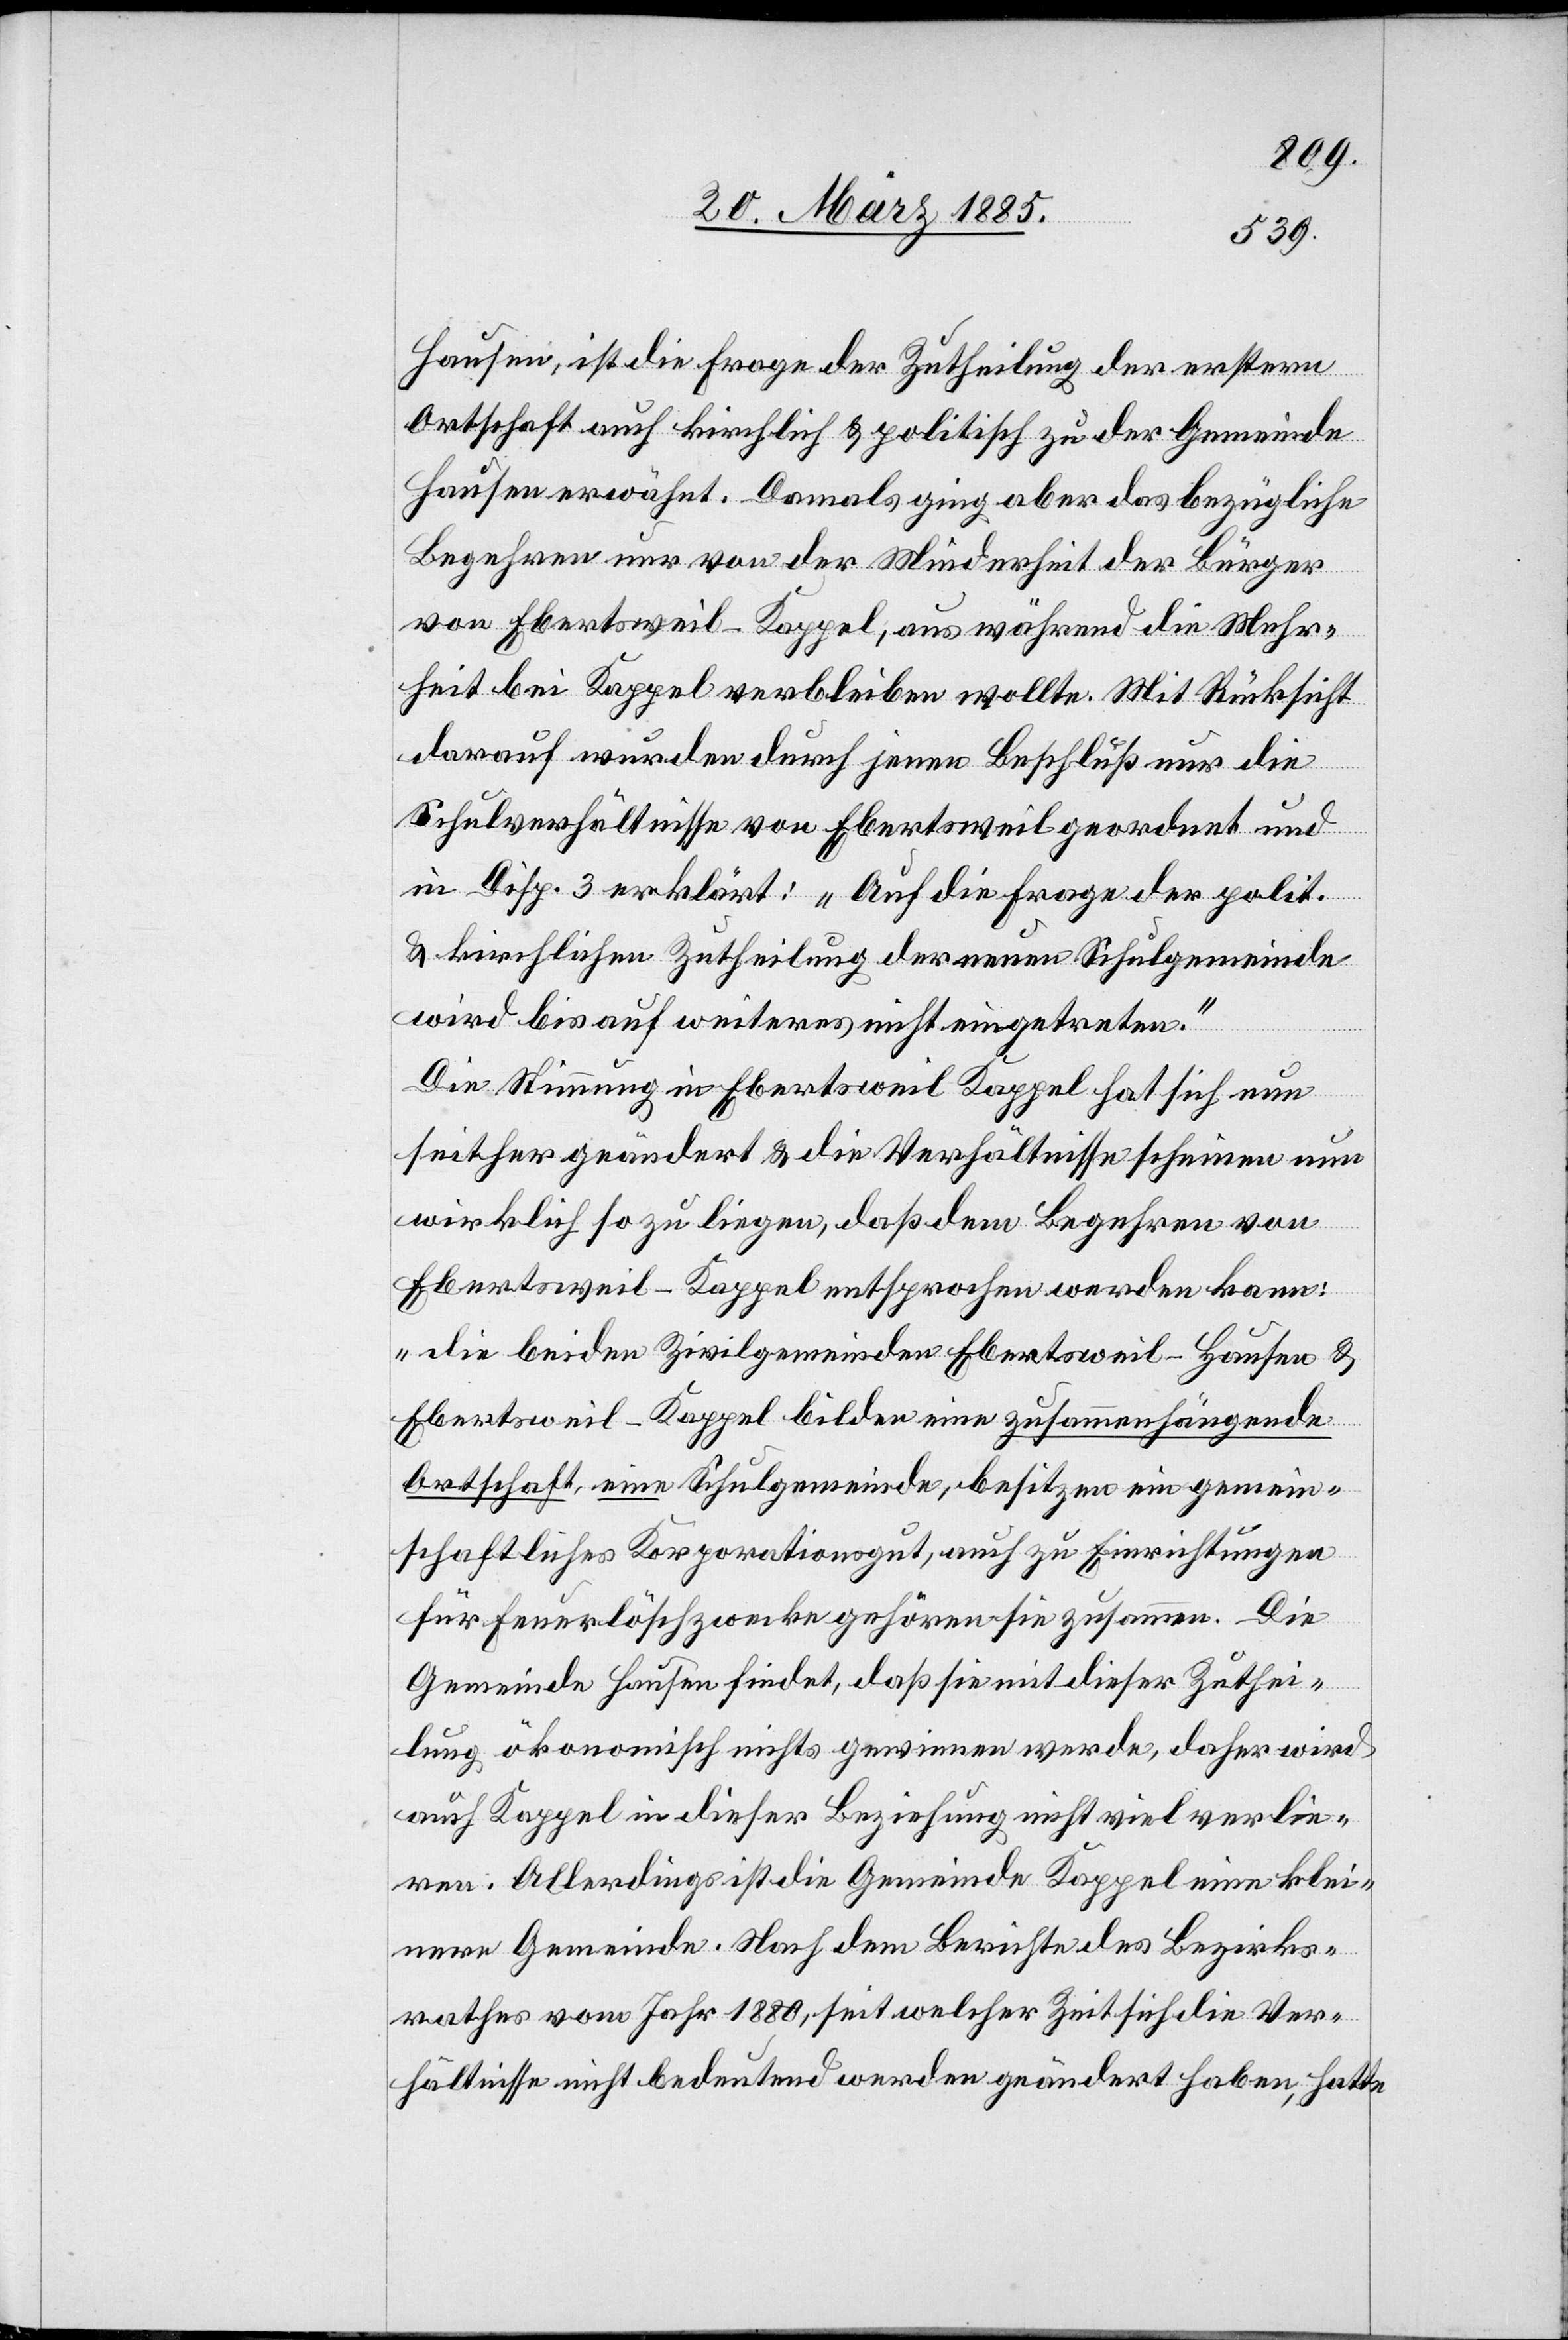
Hausen, ist die Frage der Zutheilung der erstern
Ortschaft auch kirchlich & politisch zu der Gemeinde
Hausen erwähnt. Damals ging aber das bezügliche
Begehren nur von der Minderheit der Bürger
von Ebertsweil-Kappel, aus während die Mehr¬
heit bei Kappel verbleiben wollte. Mit Rücksicht
darauf wurden durch jenen Beschluß nur die
Schulverhältnisse von Ebertsweil geordnet und
in Disp. 3 erklärt: „Auf die Frage der polit.
& kirchlichen Zutheilung der neuen Schulgemeinde
wird bis auf weiteres nicht eingetreten.“
Die Stimmung in Ebertsweil-Kappel hat sich nun
seither geändert & die Verhältnisse scheinen nun
wirklich so zu liegen, daß dem Begehren von
Ebertsweil-Kappel entsprochen werden kann:
„Die beiden Zivilgemeinden Ebertsweil-Hausen &
Ebertsweil-Kappel bilden eine zusammenhängende
Ortschaft, eine Schulgemeinde, besitzen ein gemein¬
schaftliches Korporationsgut, auch zu Einrichtungen
für Feuerlöschzwecke gehören sie zusammen. Die
Gemeinde Hausen findet, daß sie mit dieser Zuthei¬
lung ökonomisch nichts gewinnen werde, daher wird
auch Kappel in dieser Beziehung nicht viel verlie¬
ren. Allerdings ist die Gemeinde Kappel eine klei¬
ne Gemeinde. Nach dem Berichte des Bezirks¬
rathes vom Jahr 1880, seit welcher Zeit sich die Ver¬
hältnisse nicht bedeutend geändert haben, hatte